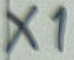
Text: X1